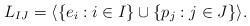
LaTeX: \begin{align*} L_{IJ} = \langle\{e_i : i\in I\}\cup\{p_j : j\in J\}\rangle.\end{align*}